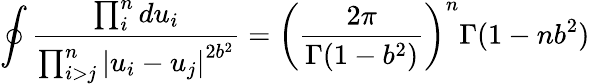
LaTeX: \oint\frac{\prod_{i}^{n}du_{i}}{\prod_{i>j}^{n}\left|u_{i}-u_{j}\right|^{2b^{2}}}=\left(\frac{2\pi}{\Gamma(1-b^{2})}\right)^{n}\Gamma(1-nb^{2})